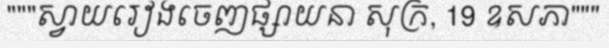
"""ស្វាយរៀងចេញផ្សាយនា សុក្រ, 19 ឧសភា"""